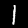
Digit: 1